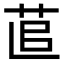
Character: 𦯭